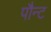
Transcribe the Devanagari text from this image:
पौन्ट